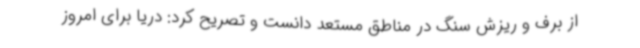
از برف و ریزش سنگ در مناطق مستعد دانست و تصریح کرد: دریا برای امروز